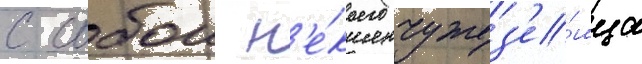
с собои н'е́коего чужез'е́мца